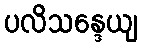
ပလိသန္ဒေယျ